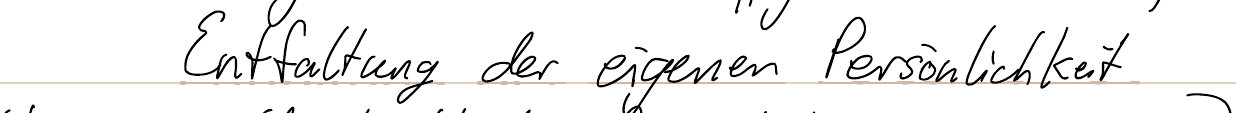
Entfaltung der eigenen Persönlichkeit